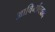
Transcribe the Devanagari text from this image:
आविर्भाववाद